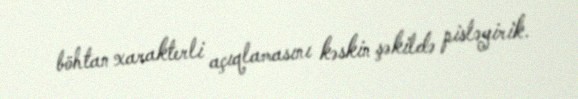
böhtan xarakterli açıqlamasını kəskin şəkildə pisləyirik.